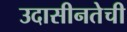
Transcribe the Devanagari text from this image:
उदासीनतेची